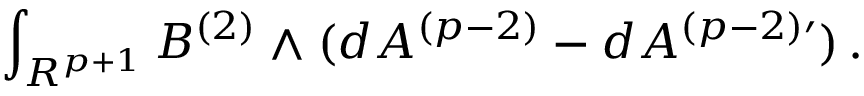
\int _ { R ^ { p + 1 } } B ^ { ( 2 ) } \wedge ( d A ^ { ( p - 2 ) } - d A ^ { ( p - 2 ) \prime } ) \, .